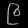
Digit: ၉